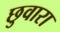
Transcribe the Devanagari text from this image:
छुवारा